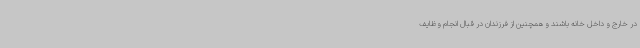
در خارج و داخل خانه باشند و همچنین از فرزندان در قبال انجام وظایف